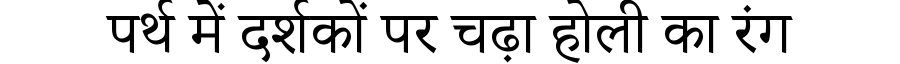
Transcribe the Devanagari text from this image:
पर्थ में दर्शकों पर चढ़ा होली का रंग